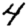
Digit: 4